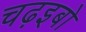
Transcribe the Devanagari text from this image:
चढ़इबो